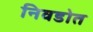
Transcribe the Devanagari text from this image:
निवडोत